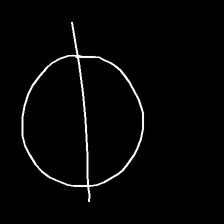
Glyph: orb